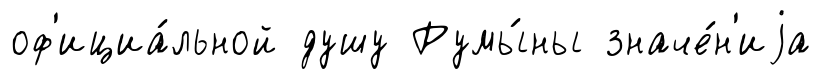
оф'ициа́льной душу Румы́ны значе́н'иjа